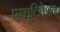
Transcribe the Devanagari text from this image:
एग्लूटिलेशन